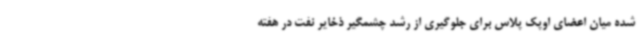
شده میان اعضای اوپک پلاس برای جلوگیری از رشد چشمگیر ذخایر نفت در هفته